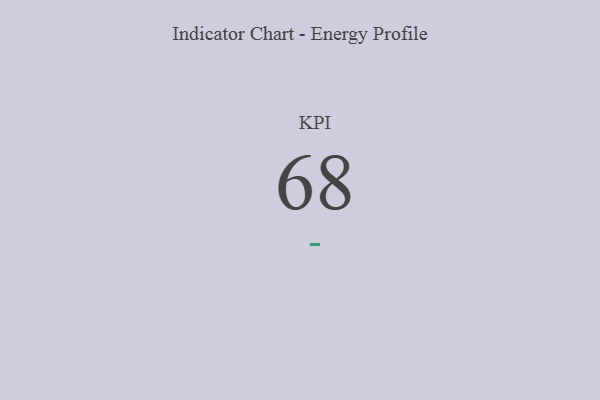
{"axis": {"x": "KPI", "y": "Value"}, "legend": [""], "data": [{"x": "KPI", "y": 68, "type": ""}]}